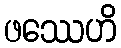
ဖဿေဟိ